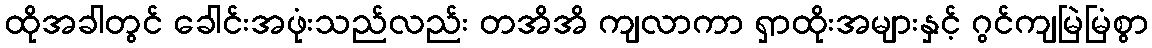
ထိုအခါတွင် ခေါင်းအဖုံးသည်လည်း တအိအိ ကျလာကာ ရှာထိုးအများနှင့် ဂွင်ကျမြဲမြံစွာ